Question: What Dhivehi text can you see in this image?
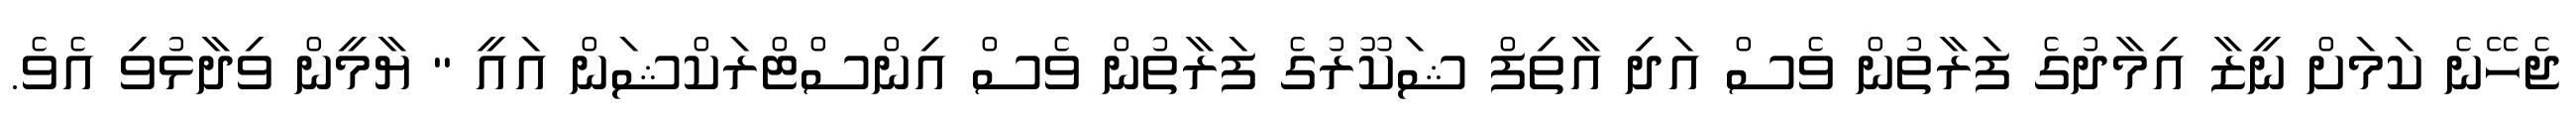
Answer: ޖެހޭނެ ކަމަށް ނީޒާ އިމާދުގެ ފަރާތުން ވެސް އަދި އާތިފް ޝަކޫރުގެ ފަރާތުން ވެސް އިންސްޓްރަކްޝަން އައީ " ޔާމީން ވިދާޅުވި އެވެ.